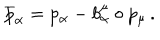
\overline { { { p } } } _ { \alpha } = p _ { \alpha } - b _ { \alpha } ^ { \mu } \circ p _ { \mu } \, .